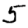
Digit: 5